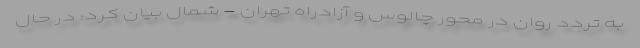
به تردد روان در محور چالوس و آزادراه تهران - شمال بیان کرد: در حال